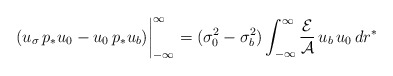
\begin{align*}(u_\sigma\,p_*u_0-u_0\,p_*u_b)\bigg|_{-\infty}^{\infty}=(\sigma_0^2-\sigma_b^2)\int_{-\infty}^\infty\frac{{\cal E}}{{\cal A}}\,u_b\,u_0\,dr^*\end{align*}